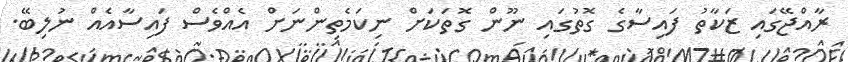
ރާއްޖޭގައި ޒަކާތު ފައިސާގެ ގޮތުގައި ނޫން ގޮތަކަށް ނިކަމެތިންނަށް އެއްވެސް ފައިސާއެއް ނުލިބޭ.